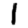
Digit: 1